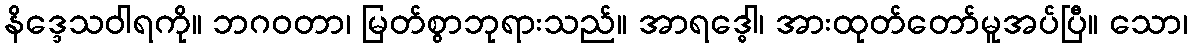
နိဒ္ဒေသဝါရကို။ ဘဂဝတာ၊ မြတ်စွာဘုရားသည်။ အာရဒ္ဓေါ၊ အားထုတ်တော်မူအပ်ပြီ။ သော၊